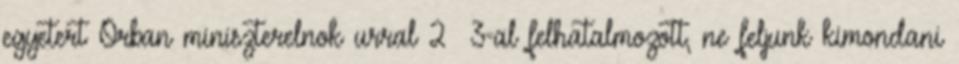
egyetert Orban miniszterelnok urral 2 3-al felhatalmozott, ne feljunk kimondani